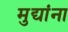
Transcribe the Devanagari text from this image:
मुद्यांना